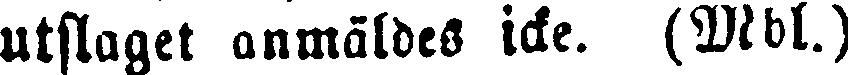
Utslaget anmäldes icke. (Mbl.)